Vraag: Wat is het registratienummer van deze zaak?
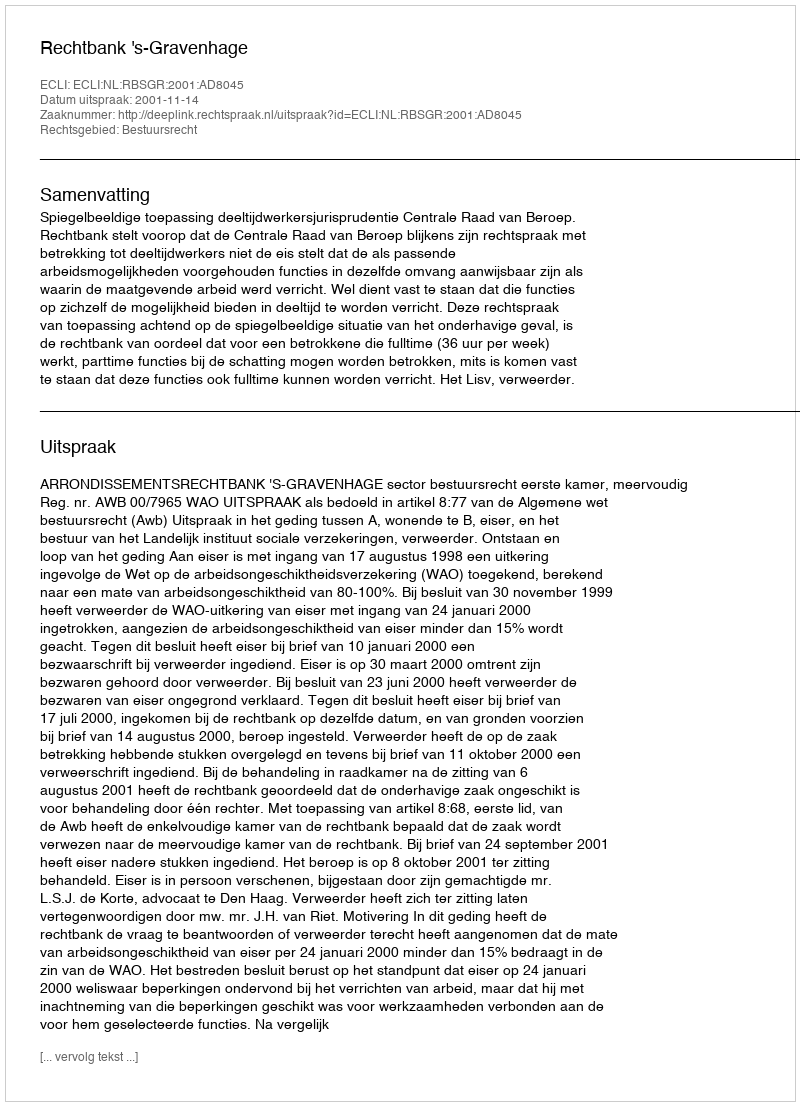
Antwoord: http://deeplink.rechtspraak.nl/uitspraak?id=ECLI:NL:RBSGR:2001:AD8045